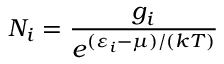
N _ { i } = { \frac { g _ { i } } { e ^ { ( \varepsilon _ { i } - \mu ) / ( k T ) } } }